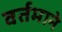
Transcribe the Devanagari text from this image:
वर्तमाने